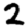
Digit: 2